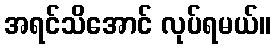
အရင်သိအောင် လုပ်ရမယ်။